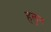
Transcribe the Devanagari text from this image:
हलुन